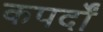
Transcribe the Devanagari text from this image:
कपर्दों